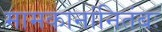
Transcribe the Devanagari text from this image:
मामकानांनितंबः